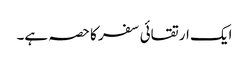
ایک ارتقائی سفر کا حصہ ہے۔